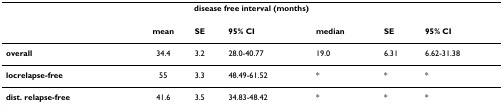
<table><thead><tr><td colspan="7"><b>disease free interval (months)</b></td></tr></thead><tbody><tr><td></td><td><b>mean</b></td><td><b>SE</b></td><td><b>95% CI</b></td><td><b>median</b></td><td><b>SE</b></td><td><b>95% CI</b></td></tr><tr><td><b>overall</b></td><td>34.4</td><td>3.2</td><td>28.0-40.77</td><td>19.0</td><td>6.31</td><td>6.62-31.38</td></tr><tr><td><b>locrelapse-free</b></td><td>55</td><td>3.3</td><td>48.49-61.52</td><td>*</td><td>*</td><td>*</td></tr><tr><td><b>dist. relapse-free</b></td><td>41.6</td><td>3.5</td><td>34.83-48.42</td><td>*</td><td>*</td><td>*</td></tr></tbody></table>